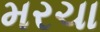
મરચા